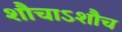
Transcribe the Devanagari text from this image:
शौचाऽशौच